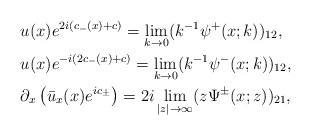
\begin{align*}&u(x)e^{2i(c_-(x)+c)}=\lim _{k\rightarrow 0}(k^{-1}\psi^+(x;k))_{12},\\&u(x)e^{-i(2c_-(x)+c)}=\lim _{k\rightarrow 0}(k^{-1}\psi^-(x;k))_{12},\\&\partial_x\left(\bar{u}_x(x) e^{ic_\pm}\right)=2 i \lim _{|z| \rightarrow \infty} (z \Psi^{\pm}(x;z))_{21}, \end{align*}